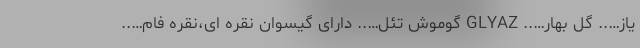
یاز….. گل بهار….. GLYAZ گوموش تئل….. دارای گیسوان نقره ای،نقره فام…..